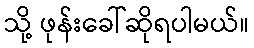
သို့ ဖုန်းခေါ်ဆိုရပါမယ်။